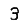
Digit: 3